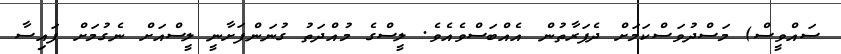
ސައްވީސް) މަސްދުވަސްކަމަށް ދެފަރާތުން އެއްބަސްވެއެވެ. ލީސްގެ މުއްދަތު ގުނަންފަށާނީ ލީސްއަށް ނެގުމަށް ފައިސާ